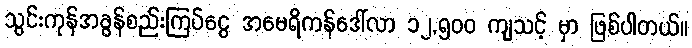
သွင်းကုန်အခွန်စည်းကြပ်ငွေ အမေရိကန်ဒေါ်လာ ၁၂,၅၀၀ ကျသင့် မှာ ဖြစ်ပါတယ်။